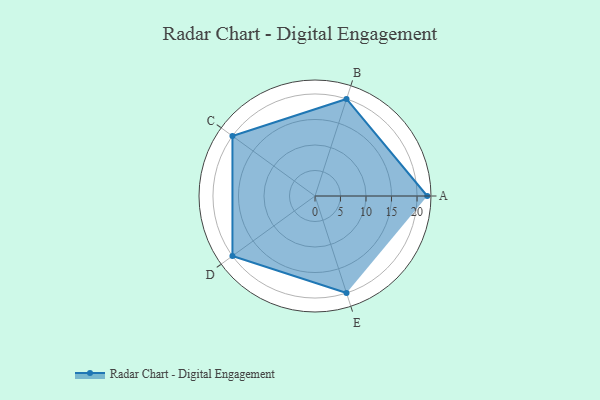
{"axis": {"x": "Skill", "y": "Score"}, "legend": ["Profile"], "data": [{"x": "A", "y": 22.0, "type": "Profile"}, {"x": "B", "y": 20, "type": "Profile"}, {"x": "C", "y": 20, "type": "Profile"}, {"x": "D", "y": 20, "type": "Profile"}, {"x": "E", "y": 20, "type": "Profile"}]}